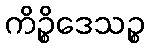
ကိဉ္စိဒေသဉ္စ